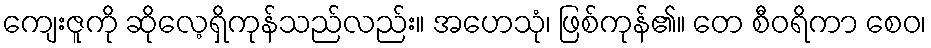
ကျေးဇူကို ဆိုလေ့ရှိကုန်သည်လည်း။ အဟေသုံ၊ ဖြစ်ကုန်၏။ တေ စီဝရိကာ စေဝ၊